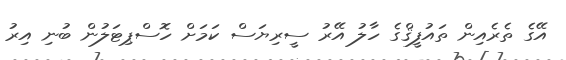
އޭގެ ތެރެއިން ތައުފީޤްގެ ހާލު އޭރު ސީރިޔަސް ކަމަށް ހޮސްޕިޓަލުން ބުނި އިރު